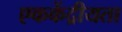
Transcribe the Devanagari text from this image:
एककेंद्रीयता